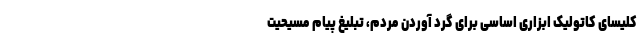
کلیسای کاتولیک ابزاری اساسی برای گرد آوردن مردم، تبلیغ پیام مسیحیت